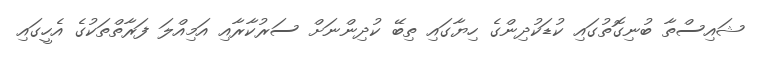
ޝައިސްތާ ބުނިގޮތުގައި ކުޑަކުދިންގެ ހިޔާގައި ތިބޭ ކުދިންނަށް ސަރުކާރާއި އަމިއްލަ ފަރާތްތަކުގެ އެހީގައި